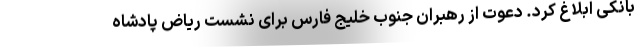
بانکی ابلاغ کرد. دعوت از رهبران جنوب خلیج فارس برای نشست ریاض پادشاه